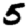
Digit: 5